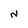
Character: N